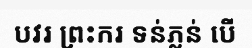
បវរ ព្រះករ ទន់ភ្លន់ បើ